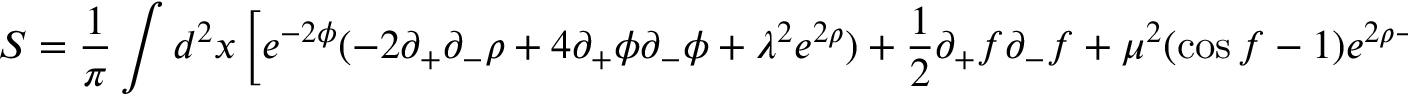
S = \frac { 1 } { \pi } \int d ^ { 2 } x \left[ e ^ { - 2 \phi } ( - 2 \partial _ { + } \partial _ { - } \rho + 4 \partial _ { + } \phi \partial _ { - } \phi + \lambda ^ { 2 } e ^ { 2 \rho } ) + \frac { 1 } { 2 } \partial _ { + } f \partial _ { - } f + \mu ^ { 2 } ( \cos f - 1 ) e ^ { 2 \rho - 2 \phi } \right] ,